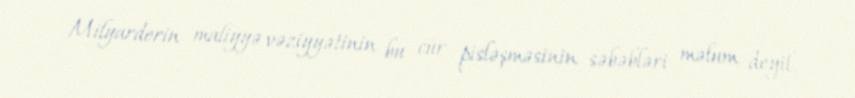
Milyarderin maliyyə vəziyyətinin bu cür pisləşməsinin səbəbləri məlum deyil.